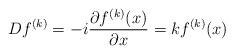
LaTeX: \begin{align*}Df^{(k)}=-i\frac{\partial f^{(k)}(x)}{\partial x}=kf^{(k)}(x) \end{align*}